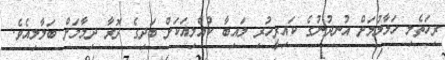
ރިހަތެލި ހަލާލުމަށް އުނދުނުގެ ކައިރީހުރި ލައިބާ ކުއްލިއަކަށް ބަދިގެ ދޮރާ ދިމާލަށް ބަލާލިއެވެ.